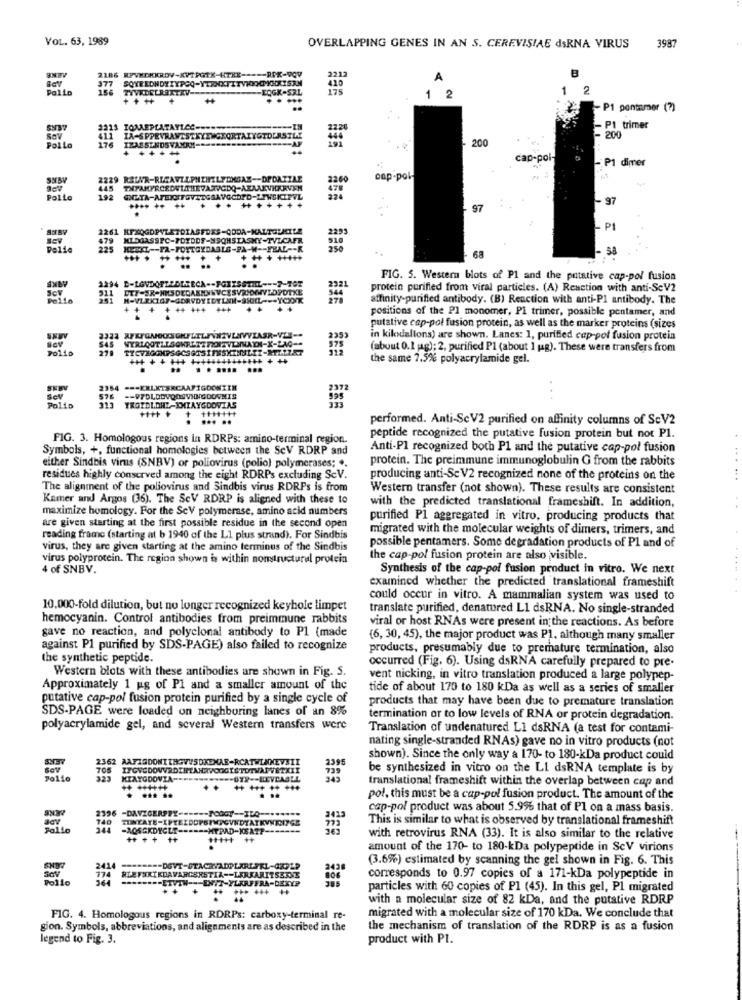
VOL. 63, 1989
3987
OVERLAPPING GENES IN AN S. CEREVISIAE dsRNA VIRUS
BINETV
2186 RPVMDKKRDV-KVTPGTK-HTKE ----- RPK-VG
B
377
A
Palio
TYVEDELRETTAV-
EOGK-SRL
1
1 2
- P1 pontamer (?)
2213 TOMAEPLATAYLES
P1 trimer
SOV
411 IA-SPPEVRAWEST
CKORTALYGTDES
200
Pollo
-
200
cap-poi-
- P1 dimer
2229 RAWVR-RECAVELPHENNELYONGAZ -- DPDAITAŁ
oap-pol-
Sev
Pollo
- 97
97
PI
SEV
Poste
58
** *** **
68
FIG. 5. Western blots of PI and the putative cap-pol fusion
294 D-LGVDOFLEDERECA -- FORISSTILL --- 7-TGT
protein purified from viral particles. (A) Reaction with anti-SeV2
affinity-purified antibody. (B) Reaction with anti-Pl antibody. The
positions of the Pl monomer, Pl trimer, possible pentamer, and
EEee
putative cap-pol fusion protein, as well as the marker proteins (sizes
in kildallons) are shown. Lanes: 1, purified cap-pol fusion protein
Sov
Polio
SAS
(about 0.1 jag); 2, purified P1 (about 1 jag). These were transfers from
the same 7.5% polyacrylamide gel.
. ..... ...
2354
=== ERLKTERCAAFIGDONIZM
Sov
576
-- VYDLDOVOOSVING DONMIS
Polis
... ..
performed. Anti-ScV2 purified on affinity columns of SeV2
FIG. 3. Homologous regions in RDRPs: amino-terminal region.
peptide recognized the putative fusion protein but not Pl.
Symbols, +, functional homologies between the SeV RDRP and
Anti-Pl recognized both P1 and the putative cap-pol fusion
protein. The preimmune immunoglobulin G from the rabbits
either Sindbis virus (SNBV) or poliovirus (polio) polymerases; ..
residues highly conserved among the eight RDRPs excluding ScV.
producing anti-Se V2 recognized none of the proteins on the
The alignment of the poliovirus and Sindbis virus RDRPs is from
Western transfer (not shown). These results are consistent
Kamer and Argos (36). The ScV RDRP is aligned with these to
with the predicted translational frameshift. In addition,
maximize homology. For the ScV polymerase, amino acid numbers
are given starting at the first possible residue in the second open
purified P1 aggregated in vitro, producing products that
migrated with the molecular weights of dimers, trimers, and
reading frame (starting at b 1940 of the Ll plus strand). For Sindbis
possible pentamers. Some degradation products of Pl and of
virus, they are given starting at the amino terminus of the Sindbis
virus polyprotein. The region shown is within nomtructural protein
the cap-pol fusion protein are also visible.
4 of SNBV.
Synthesis of the cap-pol fusion product in vitro. We next
examined whether the predicted translational frameshift
could occur in vitro. A mammalian system was used to
10.000-fold dilution, but no longer recognized keyhole limpet
translate purified, denatured LI dsRNA. No single-stranded
hemocyanin. Control antibodies from preimmune rabbits
viral or host RNAs were present in the reactions. As before
gave no reaction, and polyclonal antibody to Pl (made
(6, 30, 45), the major product was P1, although many smaller
against Pl purified by SDS-PAGE) also failed to recognize
products, presumably due to premature termination, also
the synthetic peptide.
occurred (Fig. 6). Using dsRNA carefully prepared to pre-
Western blots with these antibodies are shown in Fig. S.
vent nicking, in vitro translation produced a large polypep-
Approximately 1 ug of Pl and a smaller amount of the
tide of about 170 to 180 kDa as well as a series of smaller
putative cap-pol fusion protein purified by a single cycle of
products that may have been due to premature translation
SDS-PAGE were loaded on neighboring lanes of an 8%
termination or to low levels of RNA or protein degradation.
polyacrylamide gel, and several Western transfers were
Translation of undenatured LI daRNA (a test for contami-
nating single-stranded RNAs) gave no in vitro products (not
shown). Since the only way a 170- to 180-kDa product could
Sat
705
2395
be synthesized in vitro on the LI dsRNA template is by
KIATODOVIA-
.- BYP -- LEVDASLL
translational frameshift within the overlap between cap and
pol. this must be a cap-pol fusion product. The amount of the
2396 -DAVZGERPPY -====- PCOGY -- ILO --
cap-pol product was about 5.9% that of Pl on a mass basis.
140
This is similar to what is observed by translational frameshift
Folio
344 -AQSGKDYCLE -===== HTPAD-KAP -------
++
with retrovirus RNA (33). It is also similar to the relative
amount of the 170- to 180-kDa polypeptide in ScV virions
(3.6%) estimated by scanning the gel shown in Fig. 6. This
2414
HLEFUKTKDAVARCSRSTIA -- LERKARITSEINE
SOV
Pollo
-ETVTH -- ENIT-YLARFFRA-DETYP
806
corresponds to 0.97 copies of a 171-kDa polypeptide in
particles with 60 copies of P1 (45). In this gel, Pl migrated
with a molecular size of 82 kDa, and the putative RDRP
FIG. 4. Homologous regions in RDRPs: carboxy-terminal re-
migrated with a molecular size of 170 kDa. We conclude that
gion. Symbols, abbreviations, and alignments are as described in the
the mechanism of translation of the RDRP is as a fusion
legend to Fig. 3.
product with PI.